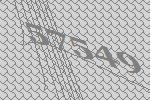
57549